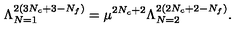
\Lambda _ { N = 1 } ^ { 2 ( 3 N _ { c } + 3 - N _ { f } ) } = \mu ^ { 2 N _ { c } + 2 } \Lambda _ { N = 2 } ^ { 2 ( 2 N _ { c } + 2 - N _ { f } ) } .